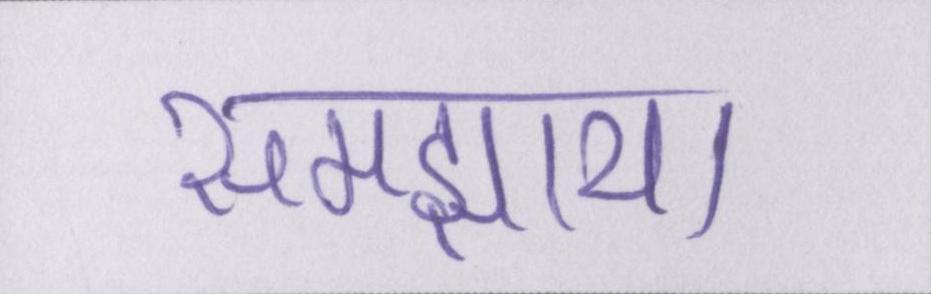
समझाया